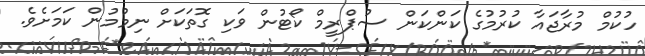
ހުކުމް މުރާޖައާ ކުރުމުގެ ކަންކަން ސުޕްރީމް ކޯޓުން ވަކި ގޮތަކަށް ނިމުމުން ކަމަށެވެ.